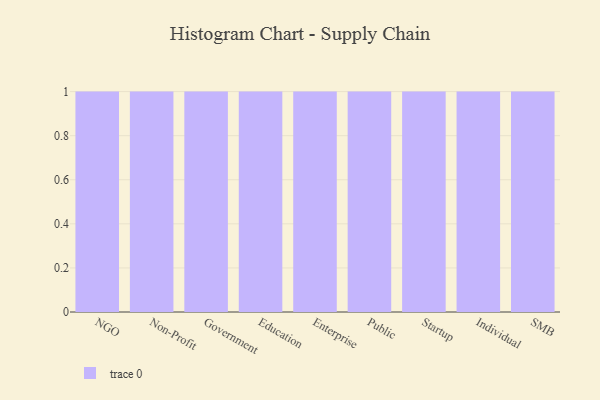
{"axis": {"x": "Segment", "y": "Inventory Turnover"}, "legend": [""], "data": [{"x": "NGO", "y": 45, "type": ""}, {"x": "Non-Profit", "y": 16, "type": ""}, {"x": "Government", "y": 87, "type": ""}, {"x": "Education", "y": 95, "type": ""}, {"x": "Enterprise", "y": 14, "type": ""}, {"x": "Public", "y": 49, "type": ""}, {"x": "Startup", "y": 70, "type": ""}, {"x": "Individual", "y": 39, "type": ""}, {"x": "SMB", "y": 70, "type": ""}]}